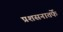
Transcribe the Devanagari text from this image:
प्रशसनातर्फे